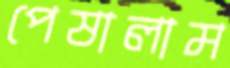
পেষালাম